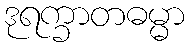
ဒုရက္ခာတဓမ္မာ